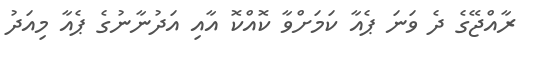
ރާއްޖޭގެ ދެ ވަނަ ޕެއާ ކަމަށްވާ ކޮއްކޮ އާއި އަދުނާނުގެ ޕެއާ މިއަދު